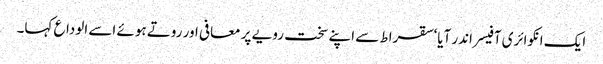
ایک انکوائری آفیسر اندر آیا‘ سقراط سے اپنے سخت رویے پر معافی اور روتے ہوئے اسے الوداع کہا۔